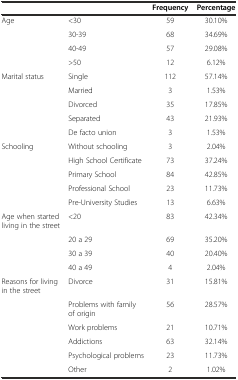
<table><thead><tr><td></td><td></td><td><b>Frequency</b></td><td><b>Percentage</b></td></tr></thead><tbody><tr><td>Age</td><td>&lt;30</td><td>59</td><td>30.10%</td></tr><tr><td></td><td>30-39</td><td>68</td><td>34.69%</td></tr><tr><td></td><td>40-49</td><td>57</td><td>29.08%</td></tr><tr><td></td><td>&gt;50</td><td>12</td><td>6.12%</td></tr><tr><td>Marital status</td><td>Single</td><td>112</td><td>57.14%</td></tr><tr><td></td><td>Married</td><td>3</td><td>1.53%</td></tr><tr><td></td><td>Divorced</td><td>35</td><td>17.85%</td></tr><tr><td></td><td>Separated</td><td>43</td><td>21.93%</td></tr><tr><td></td><td>De facto union</td><td>3</td><td>1.53%</td></tr><tr><td>Schooling</td><td>Without schooling</td><td>3</td><td>2.04%</td></tr><tr><td></td><td>High School Certificate</td><td>73</td><td>37.24%</td></tr><tr><td></td><td>Primary School</td><td>84</td><td>42.85%</td></tr><tr><td></td><td>Professional School</td><td>23</td><td>11.73%</td></tr><tr><td></td><td>Pre-University Studies</td><td>13</td><td>6.63%</td></tr><tr><td>Age when started living in the street</td><td>&lt;20</td><td>83</td><td>42.34%</td></tr><tr><td></td><td>20 a 29</td><td>69</td><td>35.20%</td></tr><tr><td></td><td>30 a 39</td><td>40</td><td>20.40%</td></tr><tr><td></td><td>40 a 49</td><td>4</td><td>2.04%</td></tr><tr><td>Reasons for living in the street</td><td>Divorce</td><td>31</td><td>15.81%</td></tr><tr><td></td><td>Problems with family of origin</td><td>56</td><td>28.57%</td></tr><tr><td></td><td>Work problems</td><td>21</td><td>10.71%</td></tr><tr><td></td><td>Addictions</td><td>63</td><td>32.14%</td></tr><tr><td></td><td>Psychological problems</td><td>23</td><td>11.73%</td></tr><tr><td></td><td>Other</td><td>2</td><td>1.02%</td></tr></tbody></table>